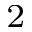
^ 2 { }